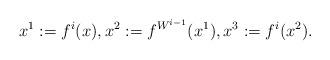
LaTeX: \begin{align*}x^1:=f^i(x),x^2:=f^{W^{i-1}}(x^1),x^3:=f^i(x^2).\end{align*}